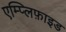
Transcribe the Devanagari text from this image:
एम्प्लिफ़ाइड